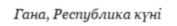
Гана, Республика күні